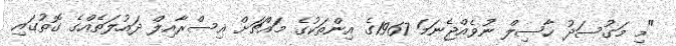
"މި މަގުސަދު ހާސިލް ނުވެއްޖެނަމަ 1967ގެ އިންތަކުގެ މައްޗަށް އިސްރާއިލް ދައުލަތެއްގެ ގޮތުގައި